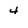
Character: 4